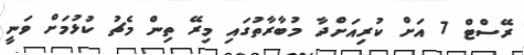
ރޭސްޓް 7 އަށް ކުރިއަށްދާ މުބާރާތުގައި މިރޭ ތިން މެޗު ކުޅުމަށް ވަނީ